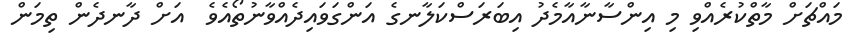
މައްޗަށް މާތްކުރެއްވި މި އިންސާނާއާމެދު އިބަރަސްކަލާނގެ އަންގަވައިދެއްވާނުތޯއެވެ  އަށް ދާނދެން ތިމަން